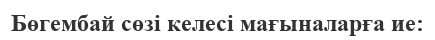
Бөгембай сөзі келесі мағыналарға ие: